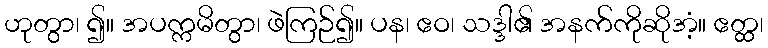
ဟုတွာ၊ ၍။ အပက္ကမိတွာ၊ ဖဲကြဉ်၍။ ပန၊ ဧဝ၊ သဒ္ဒါ၏ အနက်ကိုဆိုအံ့။ ဧတ္ထ၊